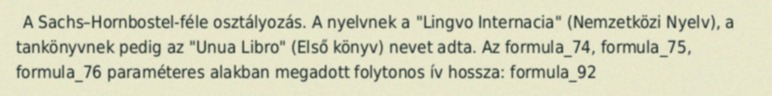
A Sachs–Hornbostel-féle osztályozás. A nyelvnek a "Lingvo Internacia" (Nemzetközi Nyelv), a tankönyvnek pedig az "Unua Libro" (Első könyv) nevet adta. Az formula_74, formula_75, formula_76 paraméteres alakban megadott folytonos ív hossza: formula_92